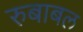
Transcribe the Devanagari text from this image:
रुबाबल